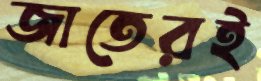
জাতেরই